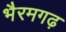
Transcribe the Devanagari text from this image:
भैरमगढ़